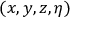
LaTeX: ( x , y , z , \eta )